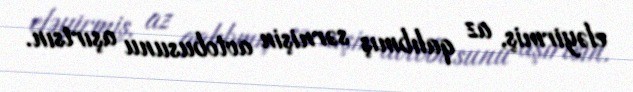
eləyirmiş, az qalıbmış sərnişin avtobusunu aşırtsın.